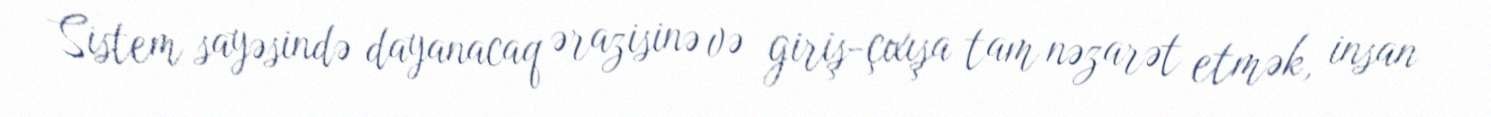
Sistem sayəsində dayanacaq ərazisinə və giriş-çıxışa tam nəzarət etmək, insan